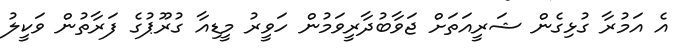
އެ އަމުރާ ގުޅިގެން ޝަރީއަތަށް ޖަވާބުދާރީވަމުން ހަވީރު މީޑިއާ ގުރޫޕުގެ ފަރާތުން ވަކީލު